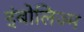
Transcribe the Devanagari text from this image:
इंबोलिज्म